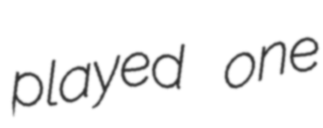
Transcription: played one